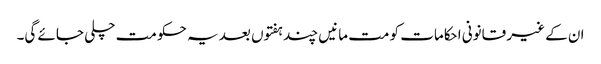
ان کے غیر قانونی احکامات کو مت مانیں چند ہفتوں بعد یہ حکومت چلی جائے گی۔